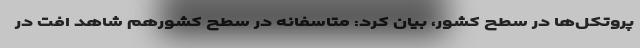
پروتکل‌ها در سطح کشور، بیان کرد: متاسفانه در سطح کشورهم شاهد افت در